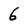
Character: 6